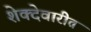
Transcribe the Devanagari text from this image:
शेक्देवारीत